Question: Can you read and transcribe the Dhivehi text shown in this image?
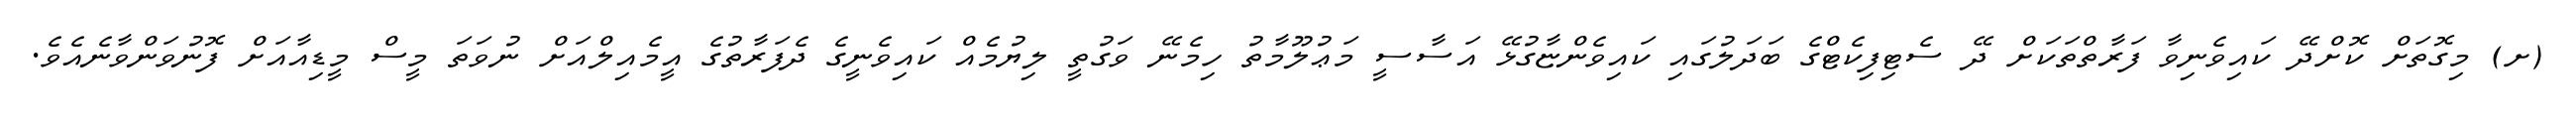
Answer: (ށ) މިގޮތަށް ކޮށްދޭ ކައިވެނިވާ ފަރާތްތަކަށް ދޭ ސެޓިފިކެޓްގެ ބަދަލުގައި ކައިވެންޏާގުޅޭ އަސާސީ މަޢުލޫމާތު ހިމެނޭ ވަގުތީ ލިޔުމެއް ކައިވެނީގެ ދެފަރާތުގެ އީމެއިލްއަށް ނުވަތަ މީސް މީޑިއާއަށް ފޮނުވަންވާނެއެވެ.